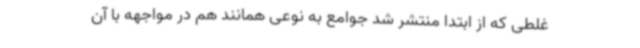
غلطی که از ابتدا منتشر شد جوامع به نوعی همانند هم در مواجهه با آن